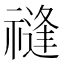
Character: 𥛝